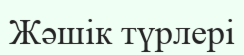
Жәшік түрлері